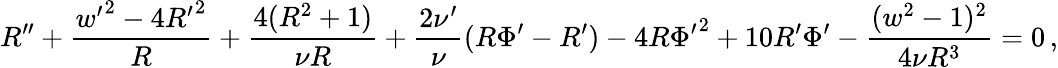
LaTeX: R^{\prime\prime}+\frac{{w^{\prime}}^{2}-4{R^{\prime}}^{2}}{R}+\frac{4(R^{2}+1)}{\nu R}+\frac{2\nu^{\prime}}{\nu}(R\Phi^{\prime}-R^{\prime})-4R{\Phi^{\prime}}^{2}+10R^{\prime}\Phi^{\prime}-\frac{(w^{2}-1)^{2}}{4\nu R^{3}}=0\, ,